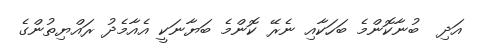
އަދި  ބުނާކޮންމެ ބަހަކާއި ނެރޭ ކޮންމެ ބަޔާނަކީ އެއާމެދު ރައްޔިތުންގެ